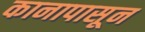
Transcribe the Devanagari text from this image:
कानापासून